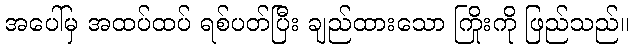
အပေါ်မှ အထပ်ထပ် ရစ်ပတ်ပြီး ချည်ထားသော ကြိုးကို ဖြည်သည်။